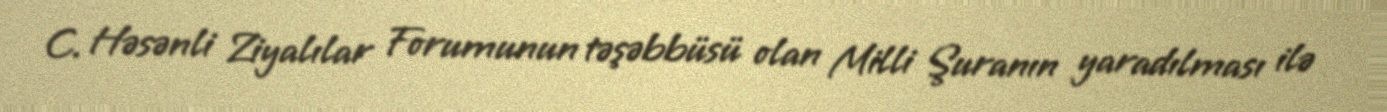
C. Həsənli Ziyalılar Forumunun təşəbbüsü olan Milli Şuranın yaradılması ilə